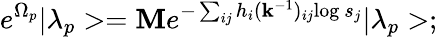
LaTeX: e^{\Omega_{p}}|\lambda_{p}>=\mathbf{M}e^{-\sum_{ij}h_{i}(\mathbf{k}^{-1})_{ij}\mathrm{{log~}}s_{j}}|\lambda_{p}>;